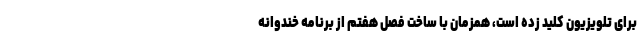
برای تلویزیون کلید زده است، همزمان با ساخت فصل هفتم از برنامه خندوانه